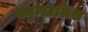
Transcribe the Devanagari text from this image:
क्युन्स्टलिश